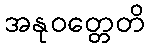
အနုဝတ္တေတိ